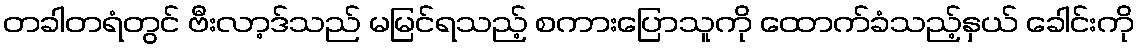
တခါတရံတွင် ဗီးလာ့ဒ်သည် မမြင်ရသည့် စကားပြောသူကို ထောက်ခံသည့်နှယ် ခေါင်းကို